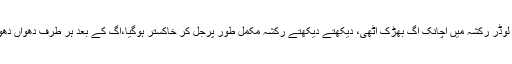
تفصیلات کے مطابق ہفتہ کے رو زتحصیل سوہاوہ کے علاقہ ڈومیلی چوک پر دن کو لوڈر رکشہ میں اچانک آگ بھڑک اٹھی، دیکھتے دیکھتے رکشہ مکمل طور پرجل کر خاکستر ہوگیا،آگ کے بعد ہر طرف دھواں دھواں ہوگیا،مقامی لوگوں نے آگ بجھانے کی پھرپور کوشش کی لیکن قابو نہ پایاجاسکا۔